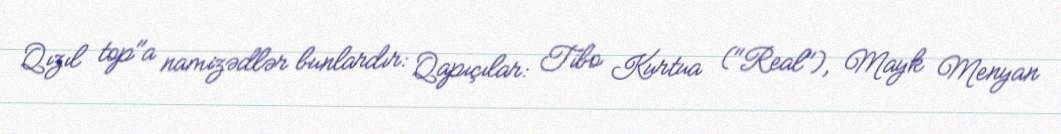
Qızıl top"a namizədlər bunlardır: Qapıçılar: Tibo Kurtua ("Real"), Mayk Menyan